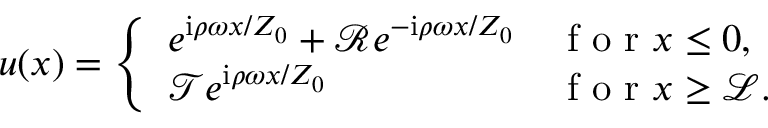
u ( x ) = \left\{ \begin{array} { l l } { e ^ { \mathrm { i } \rho \omega x / Z _ { 0 } } + \mathcal { R } e ^ { - \mathrm { i } \rho \omega x / Z _ { 0 } } } & { \mathrm { ~ f ~ o ~ r ~ } x \leq 0 , } \\ { \mathcal { T } e ^ { \mathrm { i } \rho \omega x / Z _ { 0 } } } & { \mathrm { ~ f ~ o ~ r ~ } x \geq \mathcal { L } . } \end{array} \right.